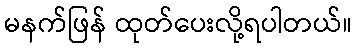
မနက်ဖြန် ထုတ်ပေးလို့ရပါတယ်။